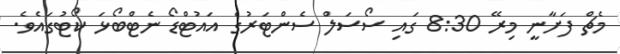
މެޗް ފަށާނީ މިރޭ 8:30 ގައި ސޯސަލް ސެންޓަރުގެ އައުޓްޑޯ ނެޓްބޯޅަ ކޯޓުގައެވެ.